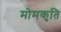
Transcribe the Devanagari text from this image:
मोमकृति